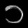
Digit: ၁